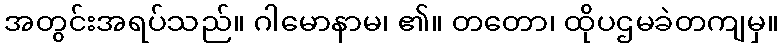
အတွင်းအရပ်သည်။ ဂါမောနာမ၊ ၏။ တတော၊ ထိုပဌမခဲတကျမှ။